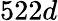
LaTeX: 522d